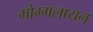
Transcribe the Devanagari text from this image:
मोग्गलायन